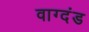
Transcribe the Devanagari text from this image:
वाग्दंड